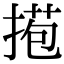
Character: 𢯿